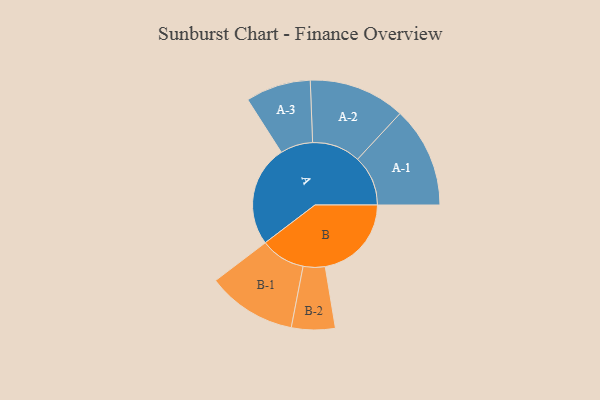
{"axis": {"x": "Segment", "y": "Value"}, "legend": ["", "A", "B"], "data": [{"x": "A", "y": 464, "type": ""}, {"x": "B", "y": 395, "type": ""}, {"x": "A-1", "y": 231, "type": "A"}, {"x": "A-2", "y": 221, "type": "A"}, {"x": "A-3", "y": 149, "type": "A"}, {"x": "B-1", "y": 205, "type": "B"}, {"x": "B-2", "y": 100, "type": "B"}]}